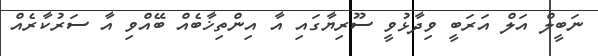
ނަބީލް އަލް އަރަބީ ވިދާޅުވީ ސޫރިޔާގައި އާ އިންތިޚާބެއް ބޭއްވި އާ ސަރުކާރެއް